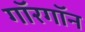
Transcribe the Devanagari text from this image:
गॉरगॉन